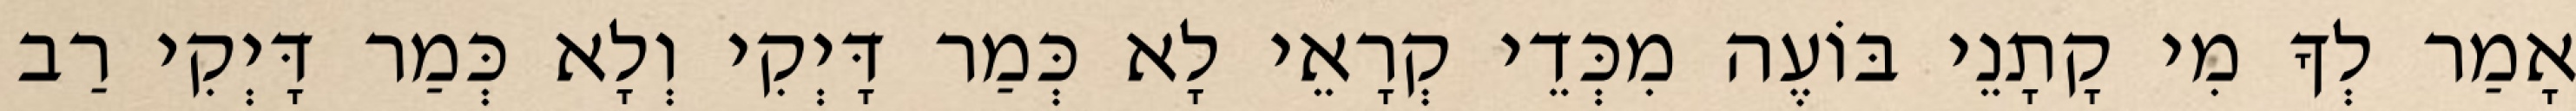
אָמַר לְךָ מִי קָתָנֵי בּוֹעֶה מִכְּדֵי קְרָאֵי לָא כְּמַר דָּיְקִי וְלָא כְּמַר דָּיְקִי רַב